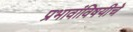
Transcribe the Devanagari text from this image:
प्रभावांविषयीचे